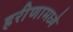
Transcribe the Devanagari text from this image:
हरीणामध्ये